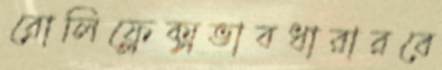
রোলিফ্লেক্সভাবধারারবে